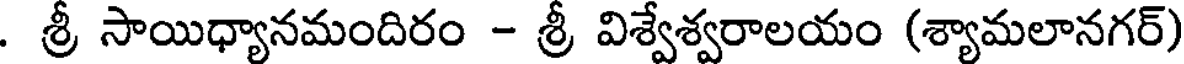
. శ్రీ సాయిధ్యానమందిరం - శ్రీ విశ్వేశ్వరాలయం (శ్యామలానగర్)